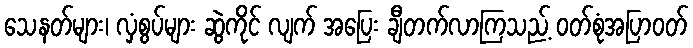
သေနတ်များ၊ လှံစွပ်များ ဆွဲကိုင် လျက် အပြေး ချီတက်လာကြသည့် ဝတ်စုံအပြာဝတ်